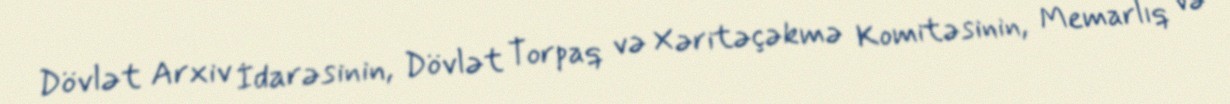
Dövlət Arxiv İdarəsinin, Dövlət Torpaq və Xəritəçəkmə Komitəsinin, Memarlıq və